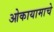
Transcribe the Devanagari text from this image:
ओकायामाचे